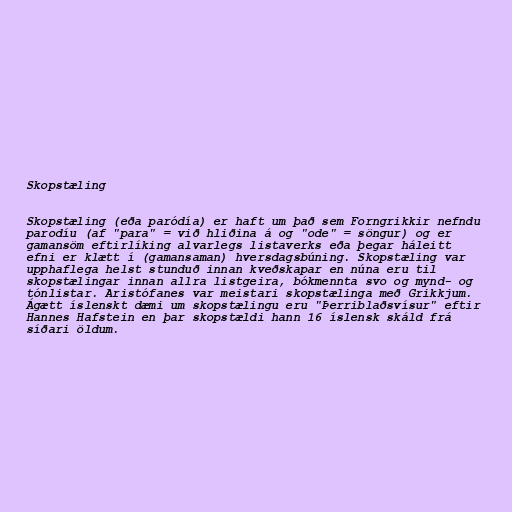
Skopstæling

Skopstæling (eða paródía) er haft um það sem Forngrikkir nefndu
parodíu (af "para" = við hliðina á og "ode" = söngur) og er
gamansöm eftirlíking alvarlegs listaverks eða þegar háleitt
efni er klætt í (gamansaman) hversdagsbúning. Skopstæling var
upphaflega helst stunduð innan kveðskapar en núna eru til
skopstælingar innan allra listgeira, bókmennta svo og mynd- og
tónlistar. Aristófanes var meistari skopstælinga með Grikkjum.
Ágætt íslenskt dæmi um skopstælingu eru "Þerriblaðsvísur" eftir
Hannes Hafstein en þar skopstældi hann 16 íslensk skáld frá
síðari öldum.